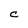
Character: C